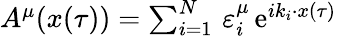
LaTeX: \begin{array}{r}{A^{\mu}(x(\tau))=\sum_{i=1}^{N}\, \varepsilon_{i}^{\mu}\, \mathrm{e}^{ik_{i}\cdot x(\tau)}}\end{array}